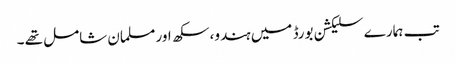
تب ہمارے سلیکشن بورڈ میں ہندو، سکھ اور مسلمان شامل تھے ۔